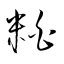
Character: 粨